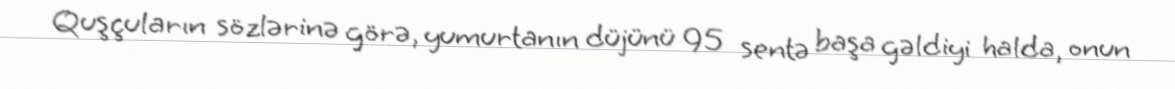
Quşçuların sözlərinə görə, yumurtanın düjünü 95 sentə başa gəldiyi halda, onun